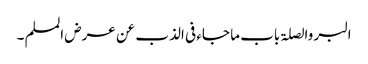
البر والصلۃ باب ما جاء فی الذب عن عرض المسلم ۔